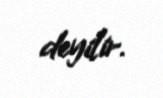
deyilir.